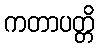
ကတာပတ္တိ